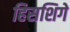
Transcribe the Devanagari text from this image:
हिसशिगे